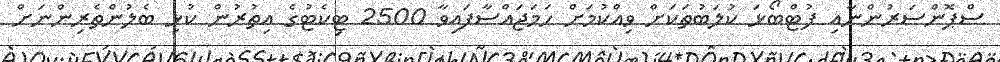
ސްޕޮންސަރުންނާއި ފުޓްބޯޅަ ކުލަބުތަކަށް ވިއްކުމަށް ހަމަޖައްސާފައިވާ 2500 ޓިކެޓުގެ އިތުރުން ކުޅި ބެލުންތެރިންނަށް